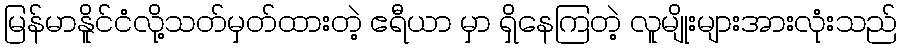
မြန်မာနိူင်ငံလို့သတ်မှတ်ထားတဲ့ ဧရီယာ မှာ ရှိနေကြတဲ့ လူမျိုးများအားလုံးသည်